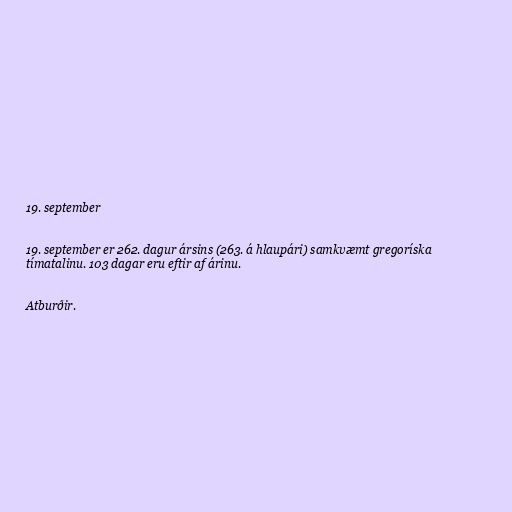
19. september

19. september er 262. dagur ársins (263. á hlaupári) samkvæmt gregoríska
tímatalinu. 103 dagar eru eftir af árinu.

Atburðir.